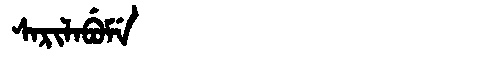
Manchu: ᠰᠠᡵᡳᠯᠠᠪᡠᠮᡝ
Romanization: SARILABUME